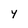
Character: y